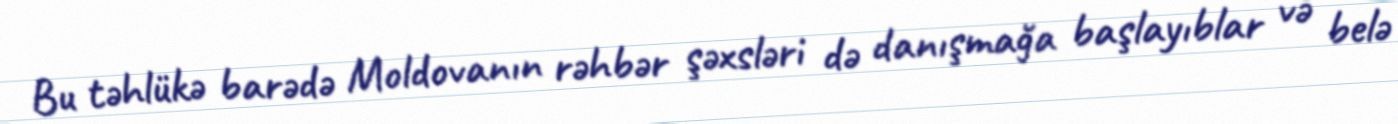
Bu təhlükə barədə Moldovanın rəhbər şəxsləri də danışmağa başlayıblar və belə